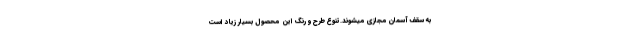
به سقف آسمان مجازی میشوند.تنوع طرح و رنگ این محصول بسیار زیاد است